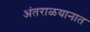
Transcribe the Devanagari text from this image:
अंतराळयानात